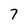
Character: 7